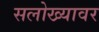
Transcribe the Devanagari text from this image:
सलोख्यावर